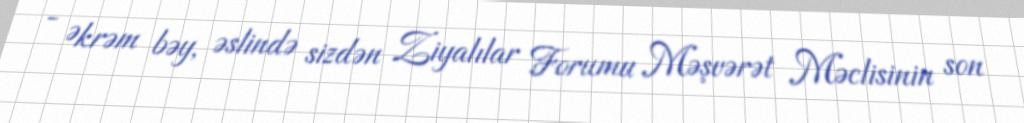
- Əkrəm bəy, əslində sizdən Ziyalılar Forumu Məşvərət Məclisinin son